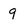
Character: q